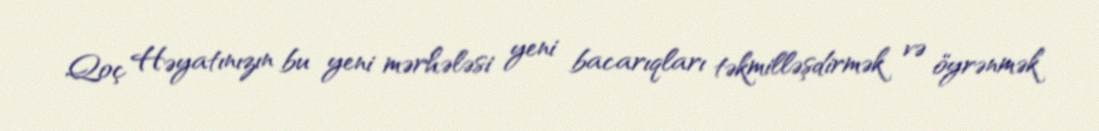
Qoç Həyatınızın bu yeni mərhələsi yeni bacarıqları təkmilləşdirmək və öyrənmək